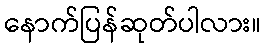
နောက်ပြန်ဆုတ်ပါလား။